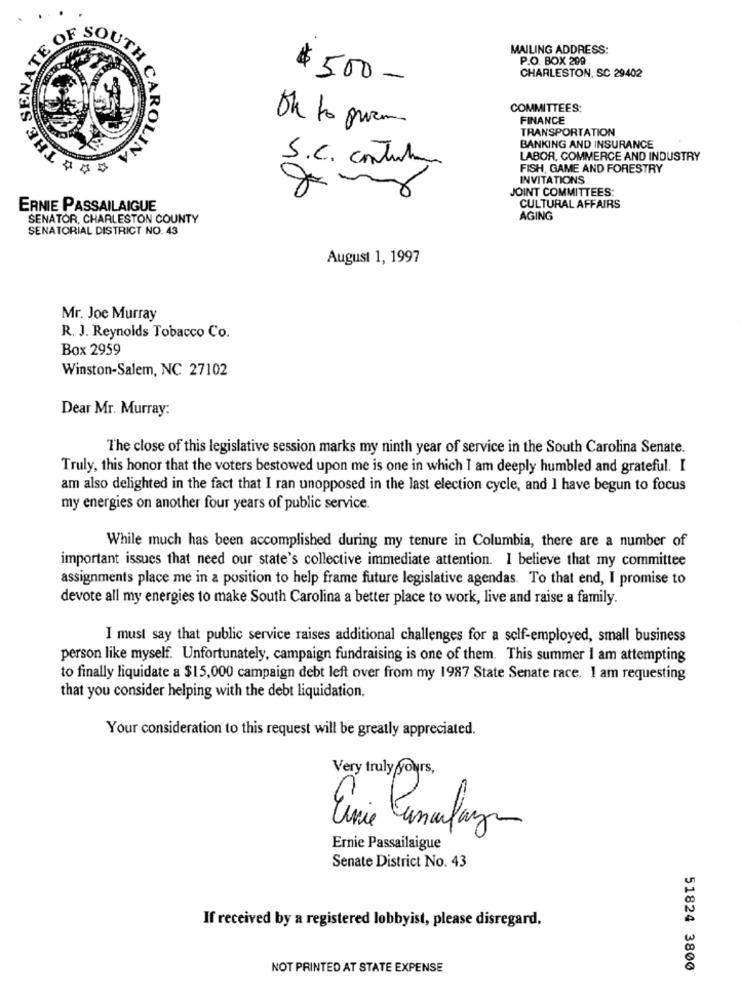
E SENATE
OF SOU
MAILING ADDRESS:
H
P.O. BOX 299
CHARLESTON, SC 29402
C
$500-
COMMITTEES:
FINANCE
ARO
Oh to gram
TRANSPORTATION
NA
BANKING AND INSURANCE
LABOR, COMMERCE AND INDUSTRY
S.C. construction
FISH, GAME AND FORESTRY
INVITATIONS
JOINT COMMITTEES:
ERNIE PASSAILAIGUE
CULTURAL AFFAIRS
SENATOR, CHARLESTON COUNTY
AGING
SENATORIAL DISTRICT NO. 43
August 1, 1997
Mr. Joe Murray
R. J. Reynolds Tobacco Co.
Box 2959
Winston-Salem, NC 27102
Dear Mr. Murray:
The close of this legislative session marks my ninth year of service in the South Carolina Senate.
Truly, this honor that the voters bestowed upon me is one in which I am deeply humbled and grateful. I
am also delighted in the fact that I ran unopposed in the last election cycle, and I have begun to focus
my energies on another four years of public service.
While much has been accomplished during my tenure in Columbia, there are a number of
important issues that need our state's collective immediate attention. I believe that my committee
assignments place me in a position to help frame future legislative agendas. To that end, I promise to
devote all my energies to make South Carolina a better place to work, live and raise a family.
I must say that public service raises additional challenges for a self-employed, small business
person like myself. Unfortunately, campaign fundraising is one of them. This summer I am attempting
to finally liquidate a $15,000 campaign debt left over from my 1987 State Senate race. I am requesting
that you consider helping with the debt liquidation.
Your consideration to this request will be greatly appreciated.
Very truly yours,
Ernie Passailaigue
Senate District No. 43
If received by a registered lobbyist, please disregard.
NOT PRINTED AT STATE EXPENSE
51824 3800